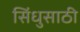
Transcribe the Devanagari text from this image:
सिंधुसाठी